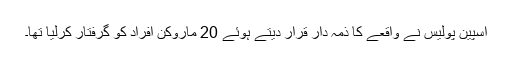
اسپین پولیس نے واقعے کا ذمہ دار قرار دیتے ہوئے 20 ماروکن افراد کو گرفتار کرلیا تھا۔